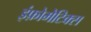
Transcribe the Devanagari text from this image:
इंफ़ोमेटिक्स